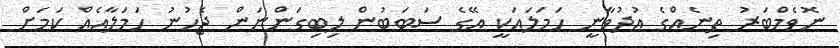
ނޮވެމްބަރު ތިނެއްގެ އުދުވާނީ ހަމަލައަކީ އޭގެ ސަބަބުން ލިބިގަންނަން ޖެހުނު ހަމަލާއެއް ކަމަށް